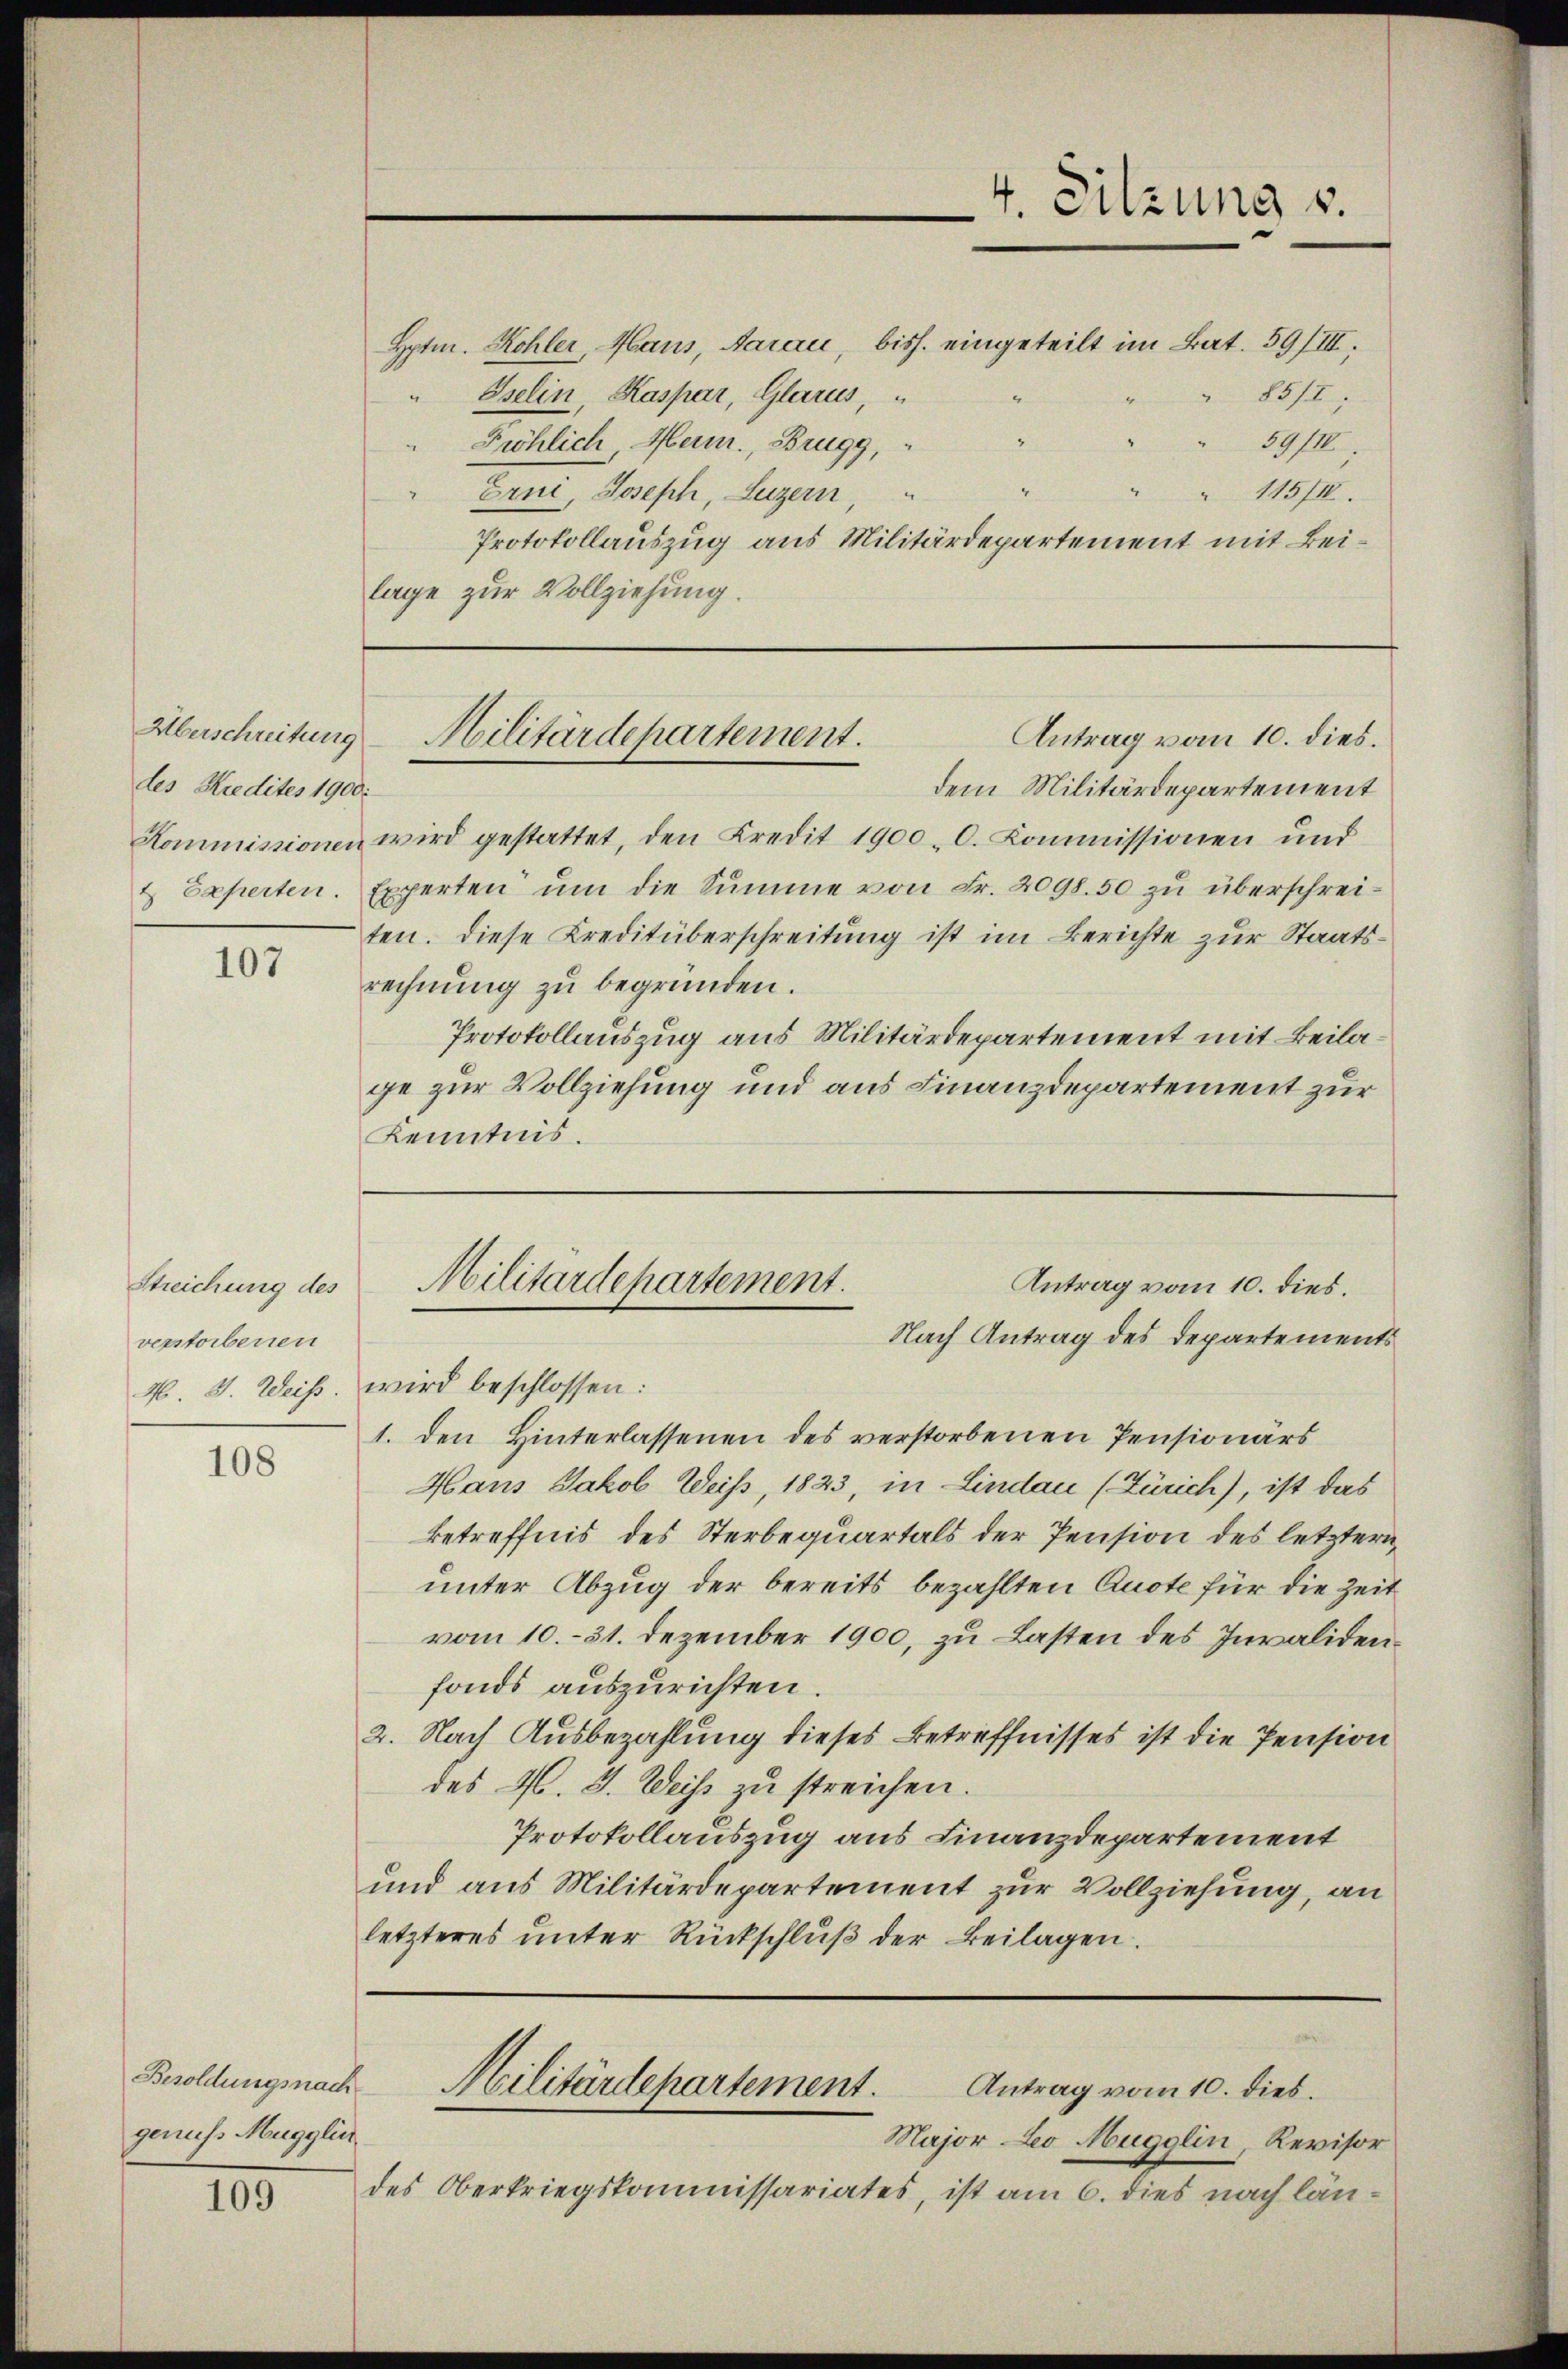
des Kredites 1900.

107

Streichung des
verstorbenen

108

Besoldungsnach
genuss Mugglin

109

Hptm. Kohler, Maus, Aarau, bish. eingeteilt im Bat. 59/III.
" Iselin, Kaspar, Glarus,
 85/
Fröhlich Mein, Brugg,
34/
115/I.
" Erni, Joseph, Luzern,
Protokollauszug aus Militärdepartement mit Beilage zur Vollziehung.
dem Militärdepartement
Kommissionen wird gestattet, den Kredit 1900. C. Kommissionen und
& Experten. Experten ŭm die Summe von Fr. 2098.50 zu überschrei-
ten. Diese Kreditüberschreitung ist im Berichte zur Staatsrechnung zu begründen.
Protokollauszug aus Militärdepartement mit Beilage zur Vollziehung und aus Finanzdepartement zur
Kenntnis.
Militärdepartement.
Antrag vom 10. dies.
Nach Antrag des Departements
N. 3. Weiß. wird beschlossen:
1. den Hinterlassenen des verstorbenen Pensionärs
Hans Jakob Weiss, 1823, in Lindau (Zürich), ist das
betreffnis des Sterbequartals der Pension des letztern
unter Abzug der bereits bezahlten Quote für die Zeit
vom 10. 31. Dezember 1900, zu Lasten des Invalidenfonds auszurichten.
2. Nach Ausbezahlung dieses Betreffnisses ist die Pension
des M. J. Weis zu streichen.
Protokollauszug aus Finanzdepartement
und aus Militärdepartement zur Vollziehung, an
letzteres unter Rückschlŭβ der Beilagen.

Überschreitung - Militärdepartement.
Antrag vom 10. dies.

4. Sitzung s.

Major Leo Mugglin, Revisor
des Oberkriegskommissariates, ist am 6. dies nach län¬

Militärdepartement.
Antrag vom 10. dies.